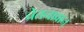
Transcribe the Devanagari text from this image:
चेतनावान्‌